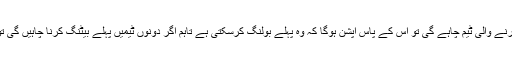
ذرائع کا کہنا ہے کہ اگر دورہ کرنے والی ٹیم چاہے گی تو اس کے پاس آپشن ہوگا کہ وہ پہلے بولنگ کرسکتی ہے تاہم اگر دونوں ٹیمیں پہلے بیٹنگ کرنا چاہیں گی تو پھر ٹاس کا آپشن استعمال ہوگا۔